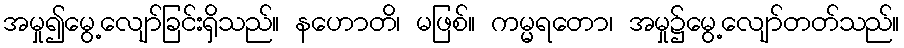
အမှု၍မွေ့လျော်ခြင်းရှိသည်။ နဟောတိ၊ မဖြစ်။ ကမ္မရတော၊ အမှု၌မွေ့လျော်တတ်သည်။